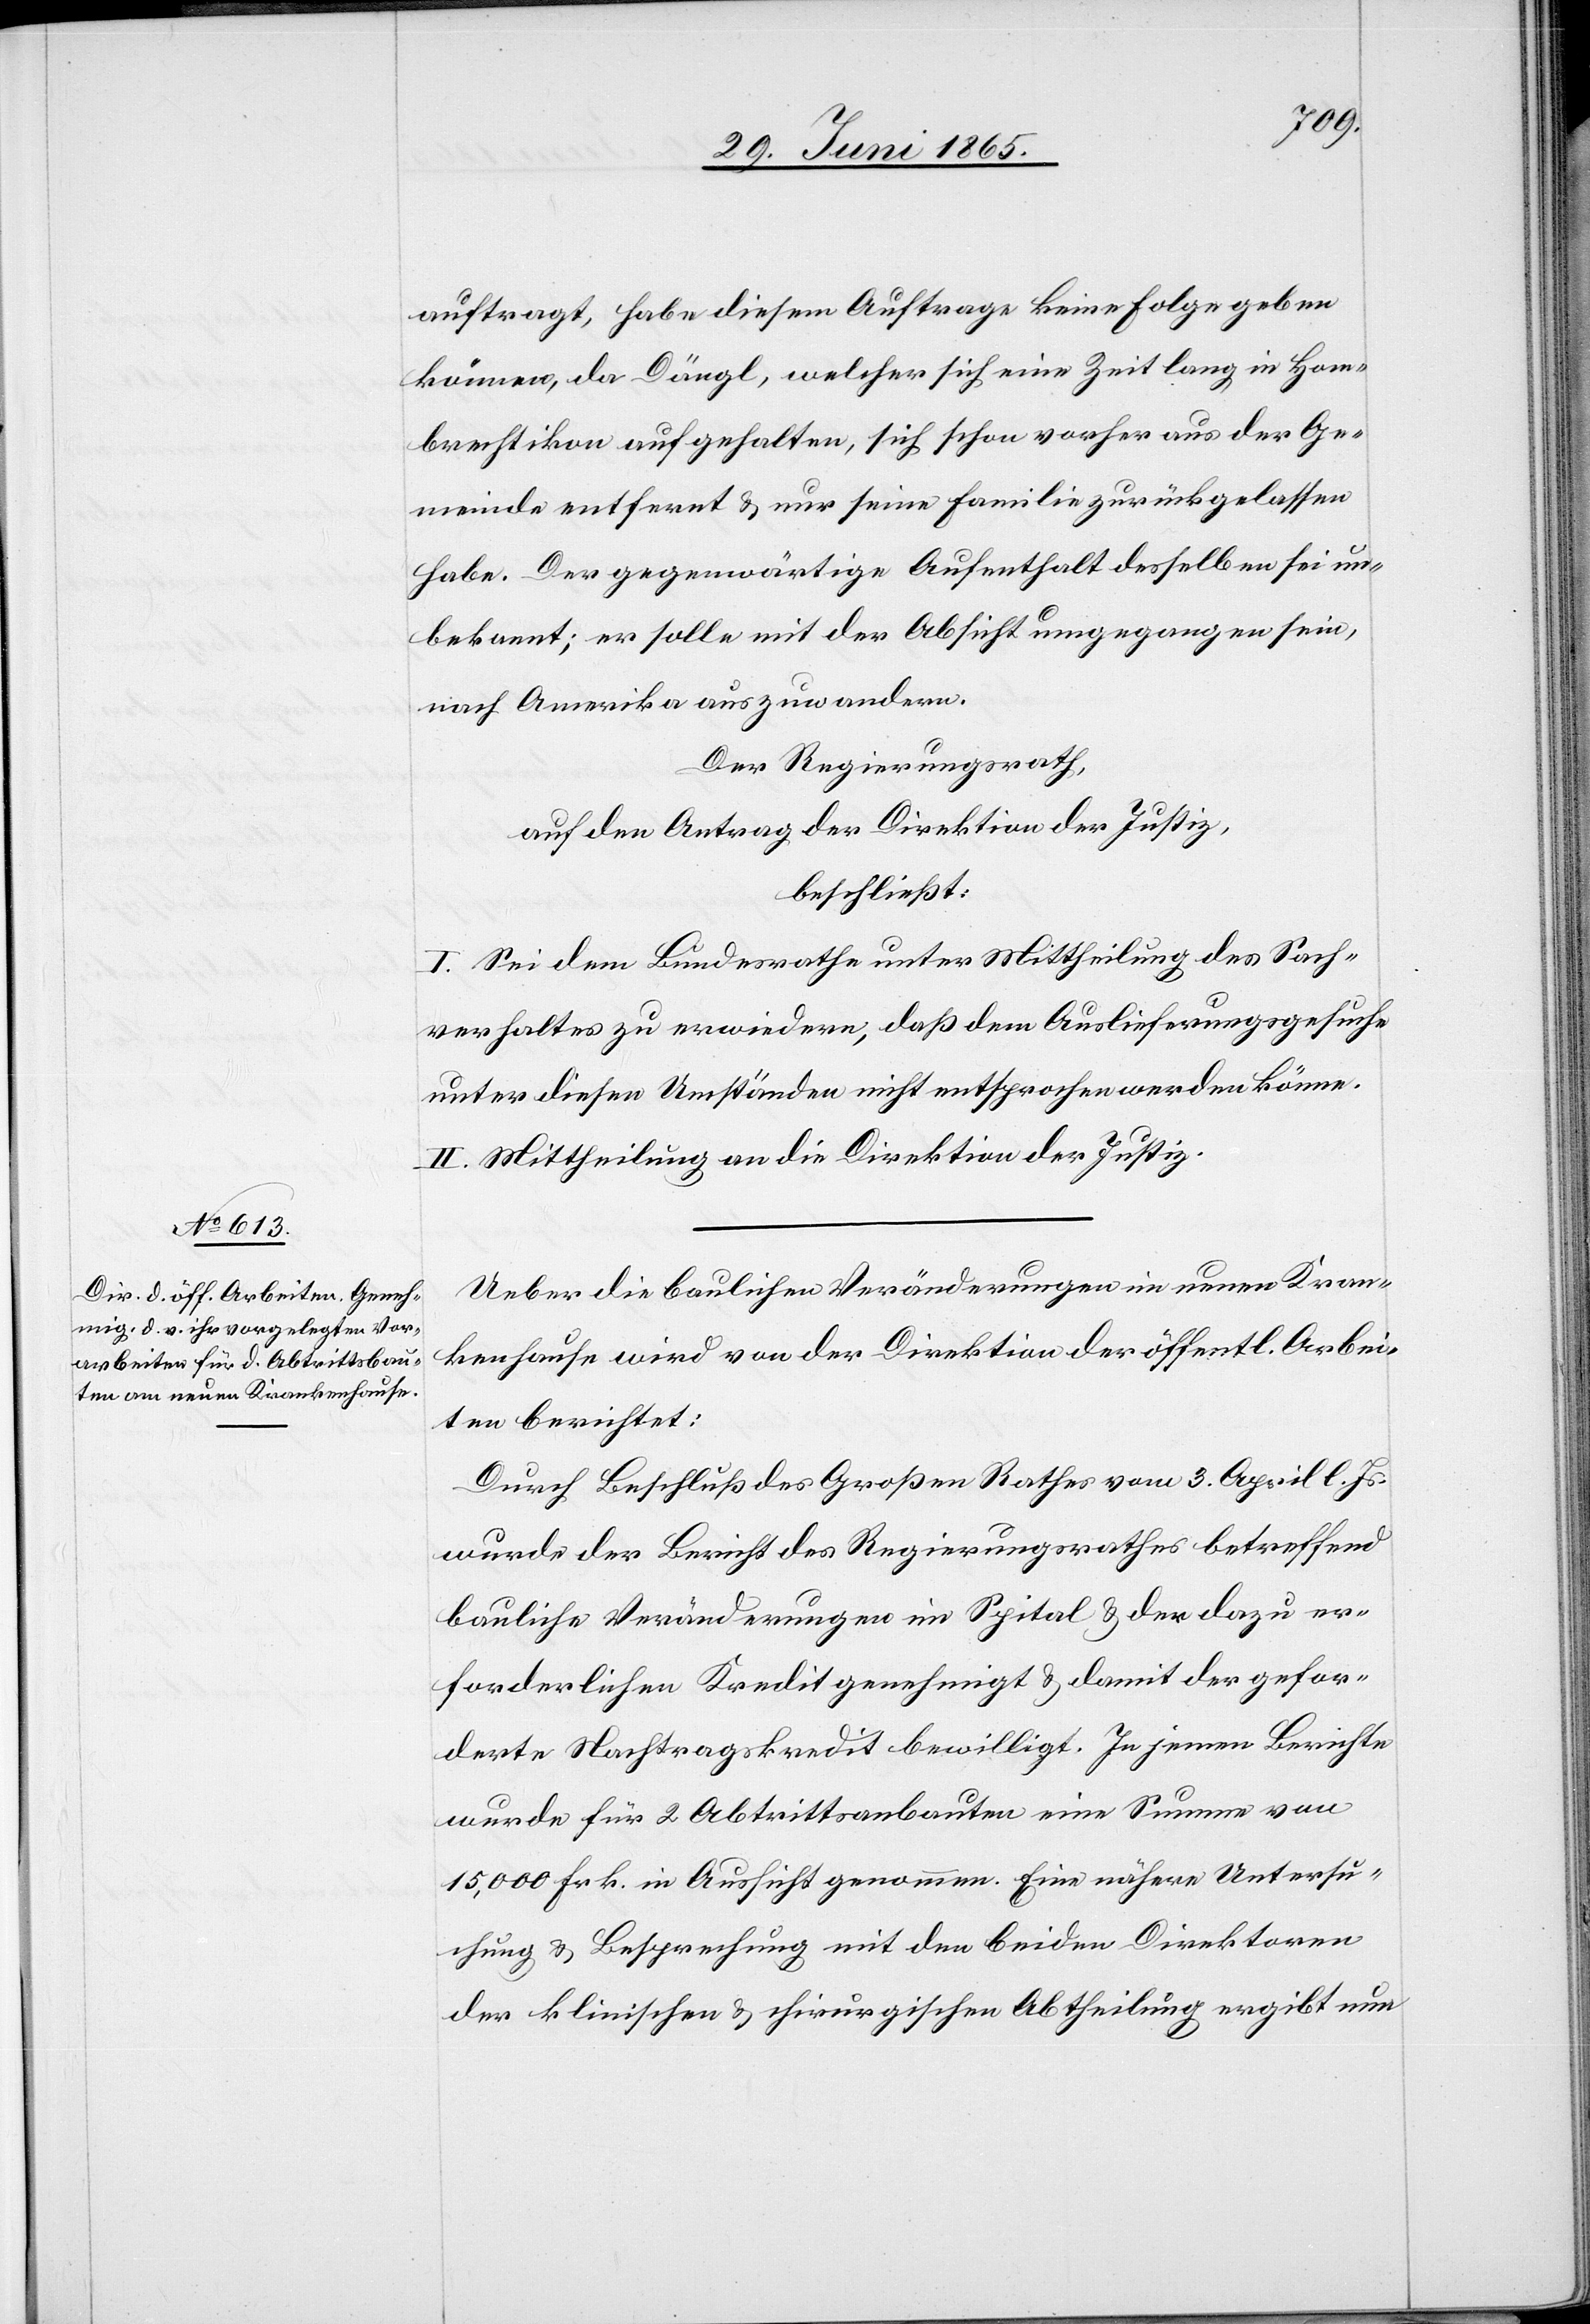
auftragt, habe diesem Auftrage keine folge geben
können, da Dängl, welcher sich eine Zeit lang in Hom¬
brechtikon aufgehalten, sich schon vorher aus der Ge¬
meinde entfernt & nur seine Familie zurückgelassen
habe. Der gegenwärtige Aufenthalt desselben sei un¬
bekannt; er solle mit der Absicht umgegangen sein,
nach Amerika auszuwandern.
Der Regierungsrath,
auf den Antrag der Direktion der Justiz,
beschließt:
I. Sei dem Bundesrathe unter Mittheilung des Sach¬
verhaltes zu erwiedern, daß dem Auslieferungsgesuche
unter diesen Umständen nicht entsprochen werden könne.
II. Mittheilung an die Direktion der Justiz.
Ueber die baulichen Veränderungen im neuen Kran¬
kenhause wird von der Direktion der öffentl. Arbei¬
ten berichtet:
Durch Beschluß des Großen Rathes vom 3. April l. Js.
wurde der Bericht des Regierungsrathes betreffend
bauliche Veränderungen im Spital & der dazu er¬
forderlichen Kredit genehmigt & damit der gefor¬
derte Nachtragskredit bewilligt. In jenen Berichte
wurde für 2 Abtrittsanbauten eine Summe von
15,000 Frk. in Aussicht genommen. Eine nähere Untersu¬
chung u. Besprechung mit den beiden Direktoren
der klinischen & chirurgischen Abtheilung ergibt nun